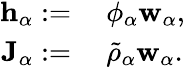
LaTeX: \begin{array}{rl}{\mathbf{h}_{\alpha}:=}&{{}~\phi_{\alpha}\mathbf{w}_{\alpha},}\\ {\mathbf{J}_{\alpha}:=}&{{}~\tilde{\rho}_{\alpha}\mathbf{w}_{\alpha}.}\end{array}